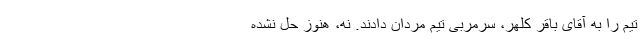
تیم را به آقای باقر کلهر، سرمربی تیم مردان دادند. نه، هنوز حل نشده